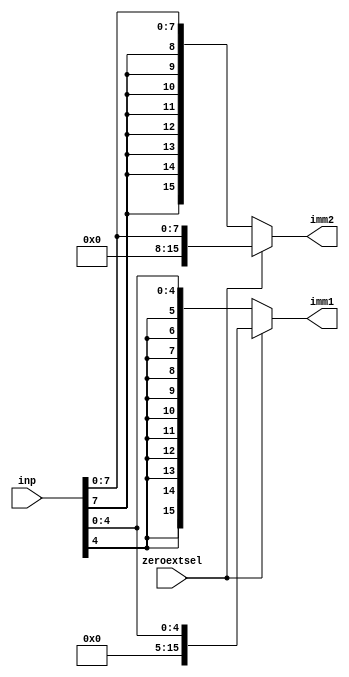
module ie (inp, zeroextsel, imm1, imm2);

input [15:0] inp;
input zeroextsel;

output [15:0] imm1;
output [15:0] imm2;

assign imm1 = zeroextsel ? {{12{1'b0}}, inp[4:0]} : {{12{inp[4]}}, inp[4:0]};
assign imm2 = zeroextsel ? {{8{1'b0}}, inp[7:0]} : {{8{inp[7]}}, inp[7:0]};

endmodule